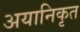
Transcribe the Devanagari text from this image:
अयानिकृत